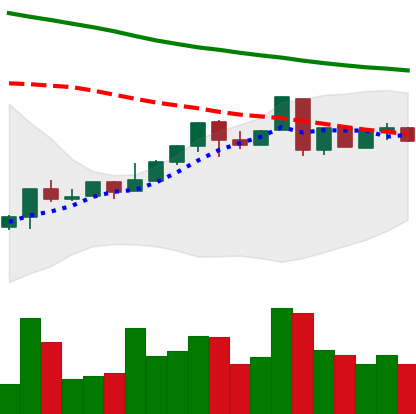
Ticker: LTC-USD
Chart end date: 2018-04-30
Forward return: 19.724%
Label: up_7plus